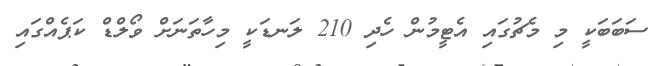
ސަބަބަކީ މި މެޗުގައި އެޓީމުން ހެދި 210 ލަނޑަކީ މިހާތަނަށް ވޯލްޑް ކަޕެއްގައި